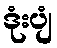
ဒုံးပျံ